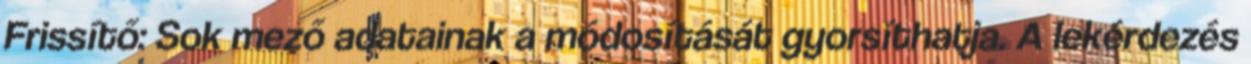
Frissítő: Sok mező adatainak a módosítását gyorsíthatja. A lekérdezés